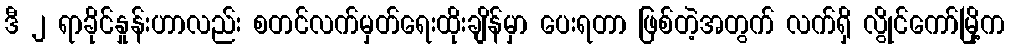
ဒီ ၂ ရာခိုင်နှုန်းဟာလည်း စတင်လက်မှတ်ရေးထိုးချိန်မှာ ပေးရတာ ဖြစ်တဲ့အတွက် လက်ရှိ လွိုင်ကော်မြို့က